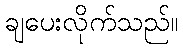
ချပေးလိုက်သည်။